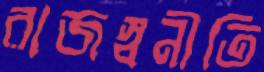
রাজস্বনীতি